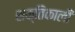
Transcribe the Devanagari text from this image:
शक्‍तिकाली